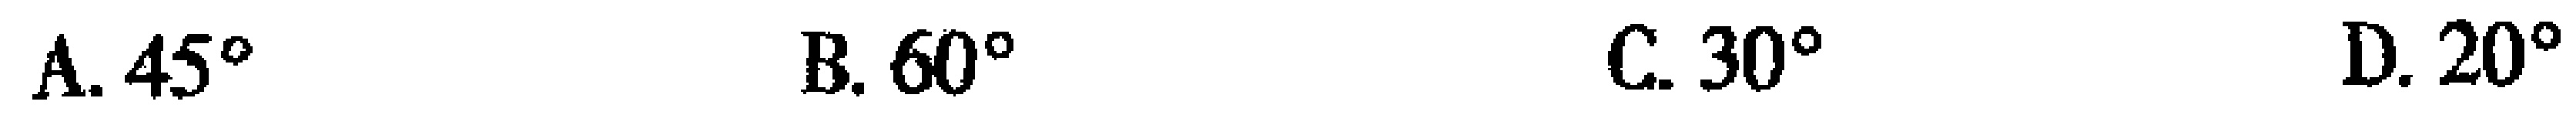
A. \(45^{\circ}\)  B. \(60^{\circ}\)  C. \(30^{\circ}\)  D. \(20^{\circ}\)